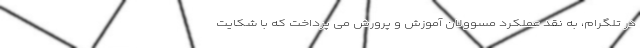
در تلگرام، به نقد عملکرد مسوولان آموزش و پرورش می پرداخت که با شکایت